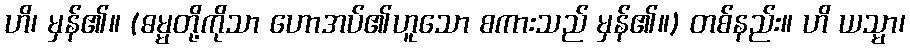
ဟိ၊ မှန်၏။ (ဓမ္မတို့ကိုသာ ဟောအပ်၏ဟူသော စကားသည် မှန်၏။) တစ်နည်း။ ဟိ ယသ္မာ၊